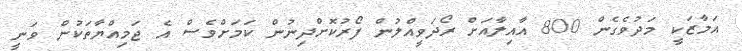
އަމާޒަކީ މަދުވެގެން 800 އާއިލާއަށް ރޯދަވީއްލުން ފޯރުކޮށްދިނުން ކަމަށްވެސް އެ ޖަމިއްޔާތަކުން ވަނީ